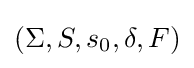
(\Sigma ,S,s_{0},\delta ,F)